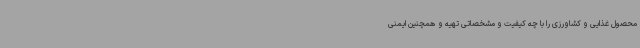
محصول غذایی و کشاورزی را با چه کیفیت و مشخصاتی تهیه و همچنین ایمنی